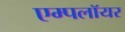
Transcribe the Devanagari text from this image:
एम्पलॉयर